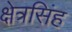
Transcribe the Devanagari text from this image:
क्षेत्रसिंह